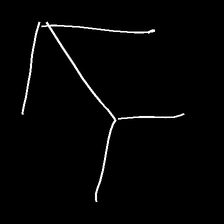
Glyph: gather